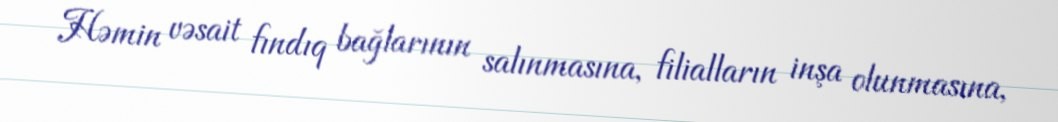
Həmin vəsait fındıq bağlarının salınmasına, filialların inşa olunmasına,